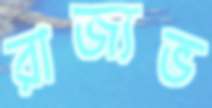
রাজ্যভ